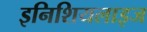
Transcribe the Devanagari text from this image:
इनिशियलाइज